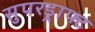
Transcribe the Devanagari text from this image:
सुपरड्राफ्ट